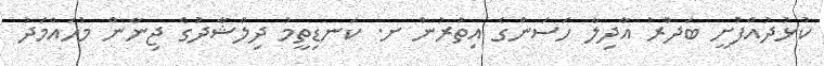
ކުޅުދުއްފުށީ ބަދުރު އާދިލާ ހަސަންގެ އިތުރުން ށ. ކަނޑިތީމު ދިލްޝާދުގެ ޖިނާން މުހައްމަދު